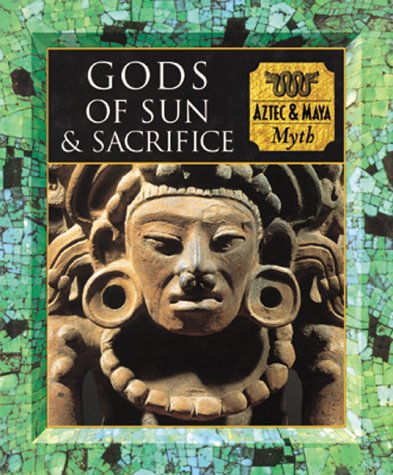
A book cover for Gods of Sun and Sacrifice: Aztec & Maya Myth (Myth and Mankind); Tony Allan; History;